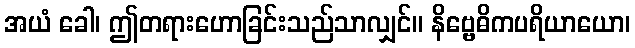
အယံ ခေါ၊ ဤတရားဟောခြင်းသည်သာလျှင်။ နိဗ္ဗေဓိကပရိယာယော၊